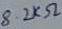
Text: 8.2kΩ